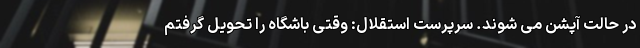
در حالت آپشن می شوند. سرپرست استقلال: وقتی باشگاه را تحویل گرفتم